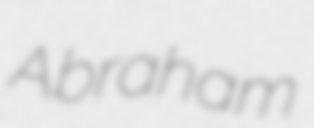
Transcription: Abraham